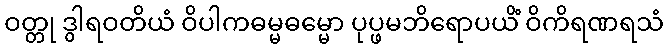
ဝတ္တု ဒွါရဝတိယံ ဝိပါကဓမ္မဓမ္မော ပုပ္ဖမဘိရောပယိံ ဝိကိရဏရသံ